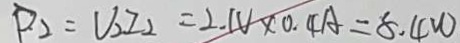
D _ { 2 } = V _ { 2 } I _ { 2 } = 2 . 1 V \times 0 . 4 A = 8 . 4 W